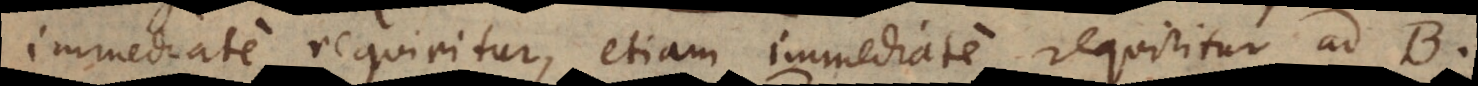
immediate requiritur, etiam immediate requiritur ad B.